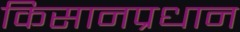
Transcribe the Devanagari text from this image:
किसानप्रधान